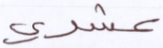
عشري